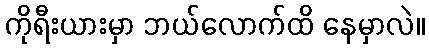
ကိုရီးယားမှာ ဘယ်လောက်ထိ နေမှာလဲ။